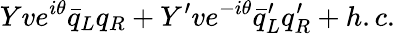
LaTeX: Yve^{i\theta}\bar{q}_{L}q_{R}+Y^{\prime}ve^{-i\theta}\bar{q}_{L}^{\prime}q_{R}^{\prime}+h.c.